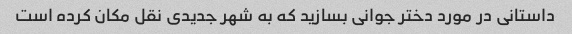
داستانی در مورد دختر جوانی بسازید که به شهر جدیدی نقل مکان کرده است